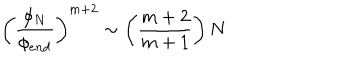
\left( \frac { \phi _ { N } } { \phi _ { e n d } } \right) ^ { m + 2 } \sim \left( \frac { m + 2 } { m + 1 } \right) N